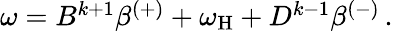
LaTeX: \begin{array}{r}{\omega=B^{k+1}\beta^{(+)}+\omega_{\mathrm{H}}+D^{k-1}\beta^{(-)}\, .}\end{array}